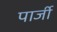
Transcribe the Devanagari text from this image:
पार्जी